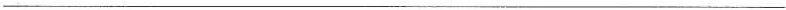
___